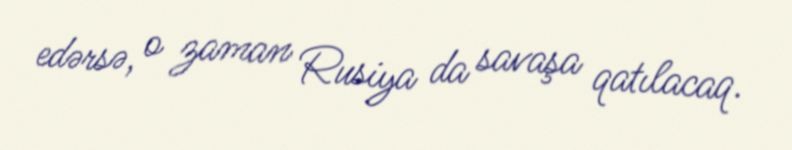
edərsə, o zaman Rusiya da savaşa qatılacaq.